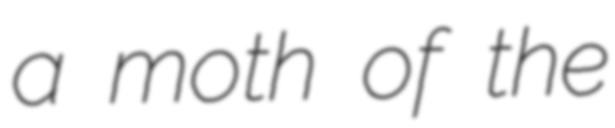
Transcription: a moth of the